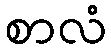
စာလံ